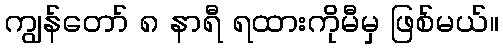
ကျွန်တော် ၈ နာရီ ရထားကိုမီမှ ဖြစ်မယ်။